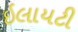
ઇલાયટી